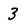
Character: 3